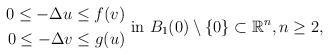
LaTeX: \begin{align*}\begin{aligned} 0\leq -\Delta u\leq f(v) \\ 0\leq -\Delta v\leq g(u)\end{aligned} \mbox{ in }B_1(0)\setminus\{0\}\subset \mathbb{R}^n, n\geq 2,\end{align*}